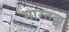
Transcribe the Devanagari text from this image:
भारतत्व